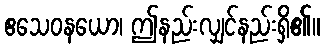
ဧသေဝနယော၊ ဤနည်းလျှင်နည်းရှိ၏။